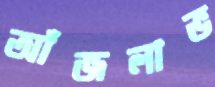
আঁজলাভ